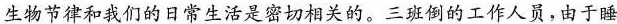
生物节律和我们的日常生活是密切相关的。三班倒的工作人员，由于